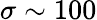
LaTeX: \sigma\sim 100